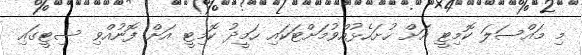
މި މައްސަލަ ކޮމިޓީ އަށް ހުށަހެޅުއްވުމަށްޓަކައި ހަމީދު ކޮމިޓީ އަށް ފޮނުއްވި ސިޓީގައި